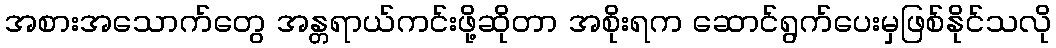
အစားအသောက်တွေ အန္တရာယ်ကင်းဖို့ဆိုတာ အစိုးရက ဆောင်ရွက်ပေးမှဖြစ်နိုင်သလို